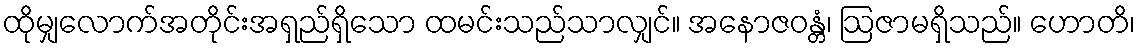
ထိုမျှလောက်အတိုင်းအရှည်ရှိသော ထမင်းသည်သာလျှင်။ အနောဇဝန္တံ၊ ဩဇာမရှိသည်။ ဟောတိ၊